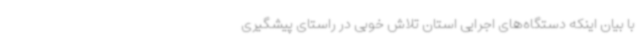
با بیان اینکه دستگاه‌های اجرایی استان تلاش خوبی در راستای پیشگیری